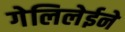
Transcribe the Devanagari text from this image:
गेलिलेईने